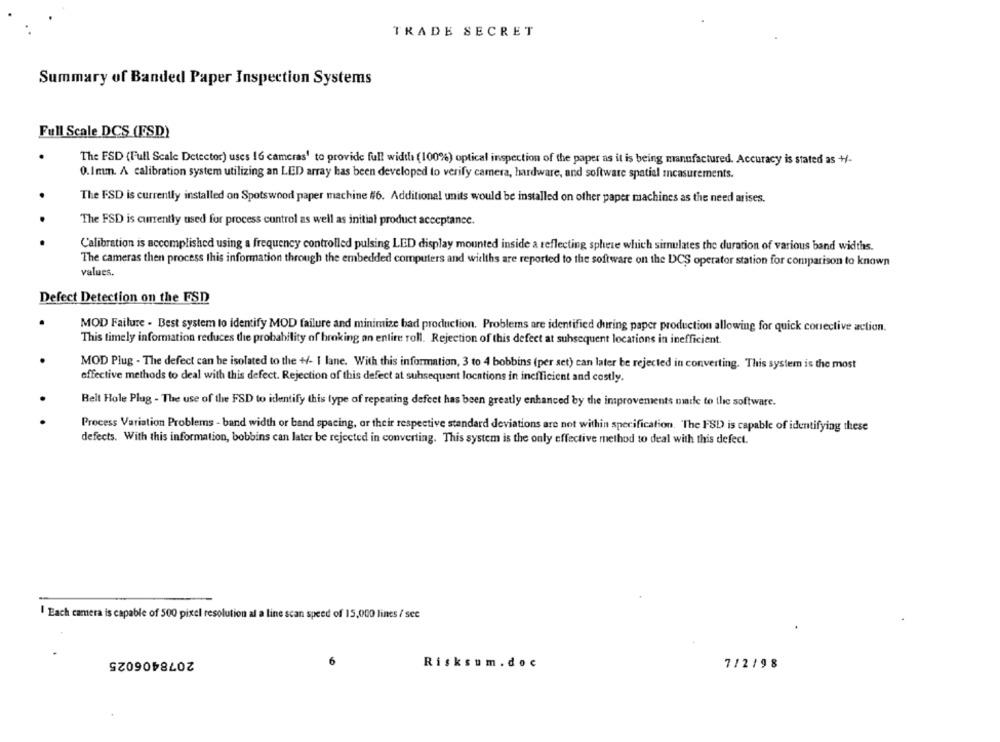
TRADE SECRET
Summary of Banded Paper Inspection Systems
Full Scale DCS (ESD)
The FSD (Full Scale Detector) uses 16 cameras' to provide full width (100%) optical inspection of the paper as it is being manufactured. Accuracy is stated as +-
0.Imm. A calibration system utilizing an LED array has been developed to verify camera, hardware, and software spatial measurements.
The FSD is currently installed on Spotswood paper machine #6. Additional units would be installed on other paper machines as the need arises.
The FSD is currently used for process control as well as initial product acceptance.
Calibration is accomplished using a frequency controlled pulsing LED display mounted inside a reflecting sphere which simulates the duration of various band widths.
The cameras then process this information through the embedded computers and widths are reported to the software on the DCS operator station for comparison to known
values.
Defect Detection on the FSD
MOD Failure - Best system to identify MOD failure and minimize bad production. Problems are identified during paper production allowing for quick conective action.
This timely information reduces the probability of broking an entire roll. Rejection of this defect at subsequent locations in inefficient.
MOD Plug - The defect can be isolated to the +/- I lane. With this information, 3 to 4 bobbins (per set) can later be rejected in converting. This system is the most
effective methods to deal with this defect. Rejection of this defect at subsequent locations in inefficient and costly.
Belt Hole Plug - The use of the FSD to identify this type of repeating defcet has been greatly enhanced by the improvements made to the software.
Process Variation Problems - band width or band spacing, or their respective standard deviations are not within specification. The FSD is capable of identifying these
defects. With this information, bobbins can later be rejected in converting. This system is the only effective method to deal with this defect.
Each camera is capable of 500 pixel resolution al a line scan speed of 15,000 lines / sec
2078406025
Risksum . doc
7/2/9 8